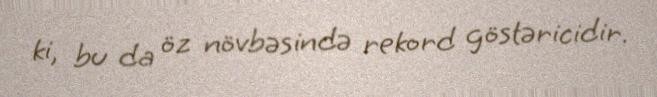
ki, bu da öz növbəsində rekord göstəricidir.